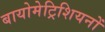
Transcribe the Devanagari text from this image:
बायोमेट्रिशियनों